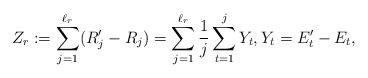
LaTeX: \begin{align*}Z_{r}:=\sum_{j=1}^{\ell_r}(R_j^\prime-R_j)=\sum_{j=1}^{\ell_r}\frac{1}{j}\sum_{t=1}^jY_t,Y_t=E_t^\prime-E_t,\end{align*}